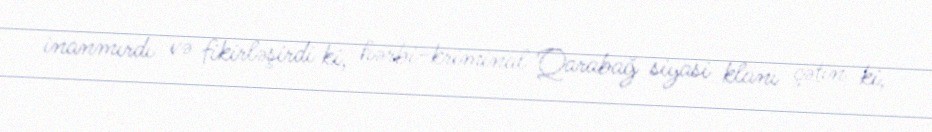
inanmırdı və fikirləşirdi ki, hərbi-kriminal Qarabağ siyasi klanı çətin ki,